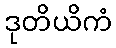
ဒုတိယိကံ